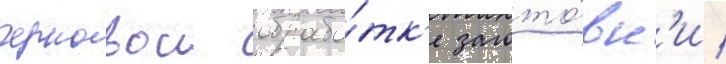
черновои обрабо́тк'е загото́вк'и /